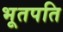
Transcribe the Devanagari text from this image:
भूतपति